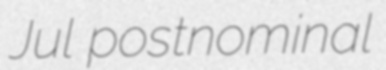
Jul postnominal